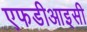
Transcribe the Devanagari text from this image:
एफडीआइसी